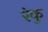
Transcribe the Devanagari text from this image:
रंकु